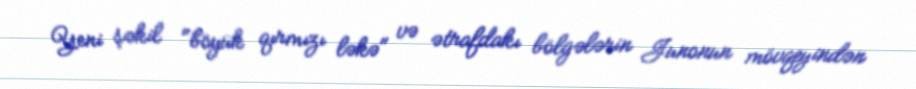
Yeni şəkil "böyük qırmızı ləkə" və ətrafdakı bölgələrin Junonun mövqeyindən